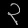
Digit: ၃